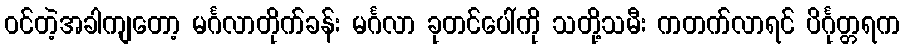
ဝင်တဲ့အခါကျတော့ မင်္ဂလာတိုက်ခန်း မင်္ဂလာ ခုတင်ပေါ်ကို သတို့သမီး ကတက်လာရင် ပိင်္ဂုတ္တရက